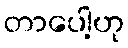
တာပေါ့ဟု